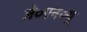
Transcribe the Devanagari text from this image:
जे०एन०यू